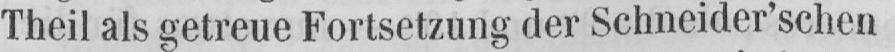
Theil als getreue Fortsetzung der Schneider’schen